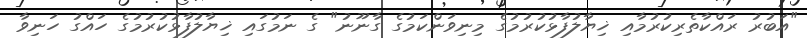
"އަބުރު ރައްކާތެރިކުރުމާއި ޚިޔާލުފާޅުކުރުމުގެ މިނިވަންކަމުގެ ގާނޫނު" ގެ ނަމުގައި ޚިޔާލުފާޅުކުރުމުގެ ހައްގު ހަނިވާ